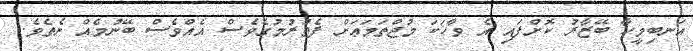
އަނބިމީހާ ބޭޒާރު ކޮށްފައި އެ ވާހަކަ މުޖްތަމަޢަށް ފެތުރުމުގެވެސް އެއްވެސް ބޭނުމެއް ނެތެވެ.